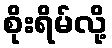
စိုးရိမ်လို့